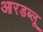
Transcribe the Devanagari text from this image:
आरडब्लू